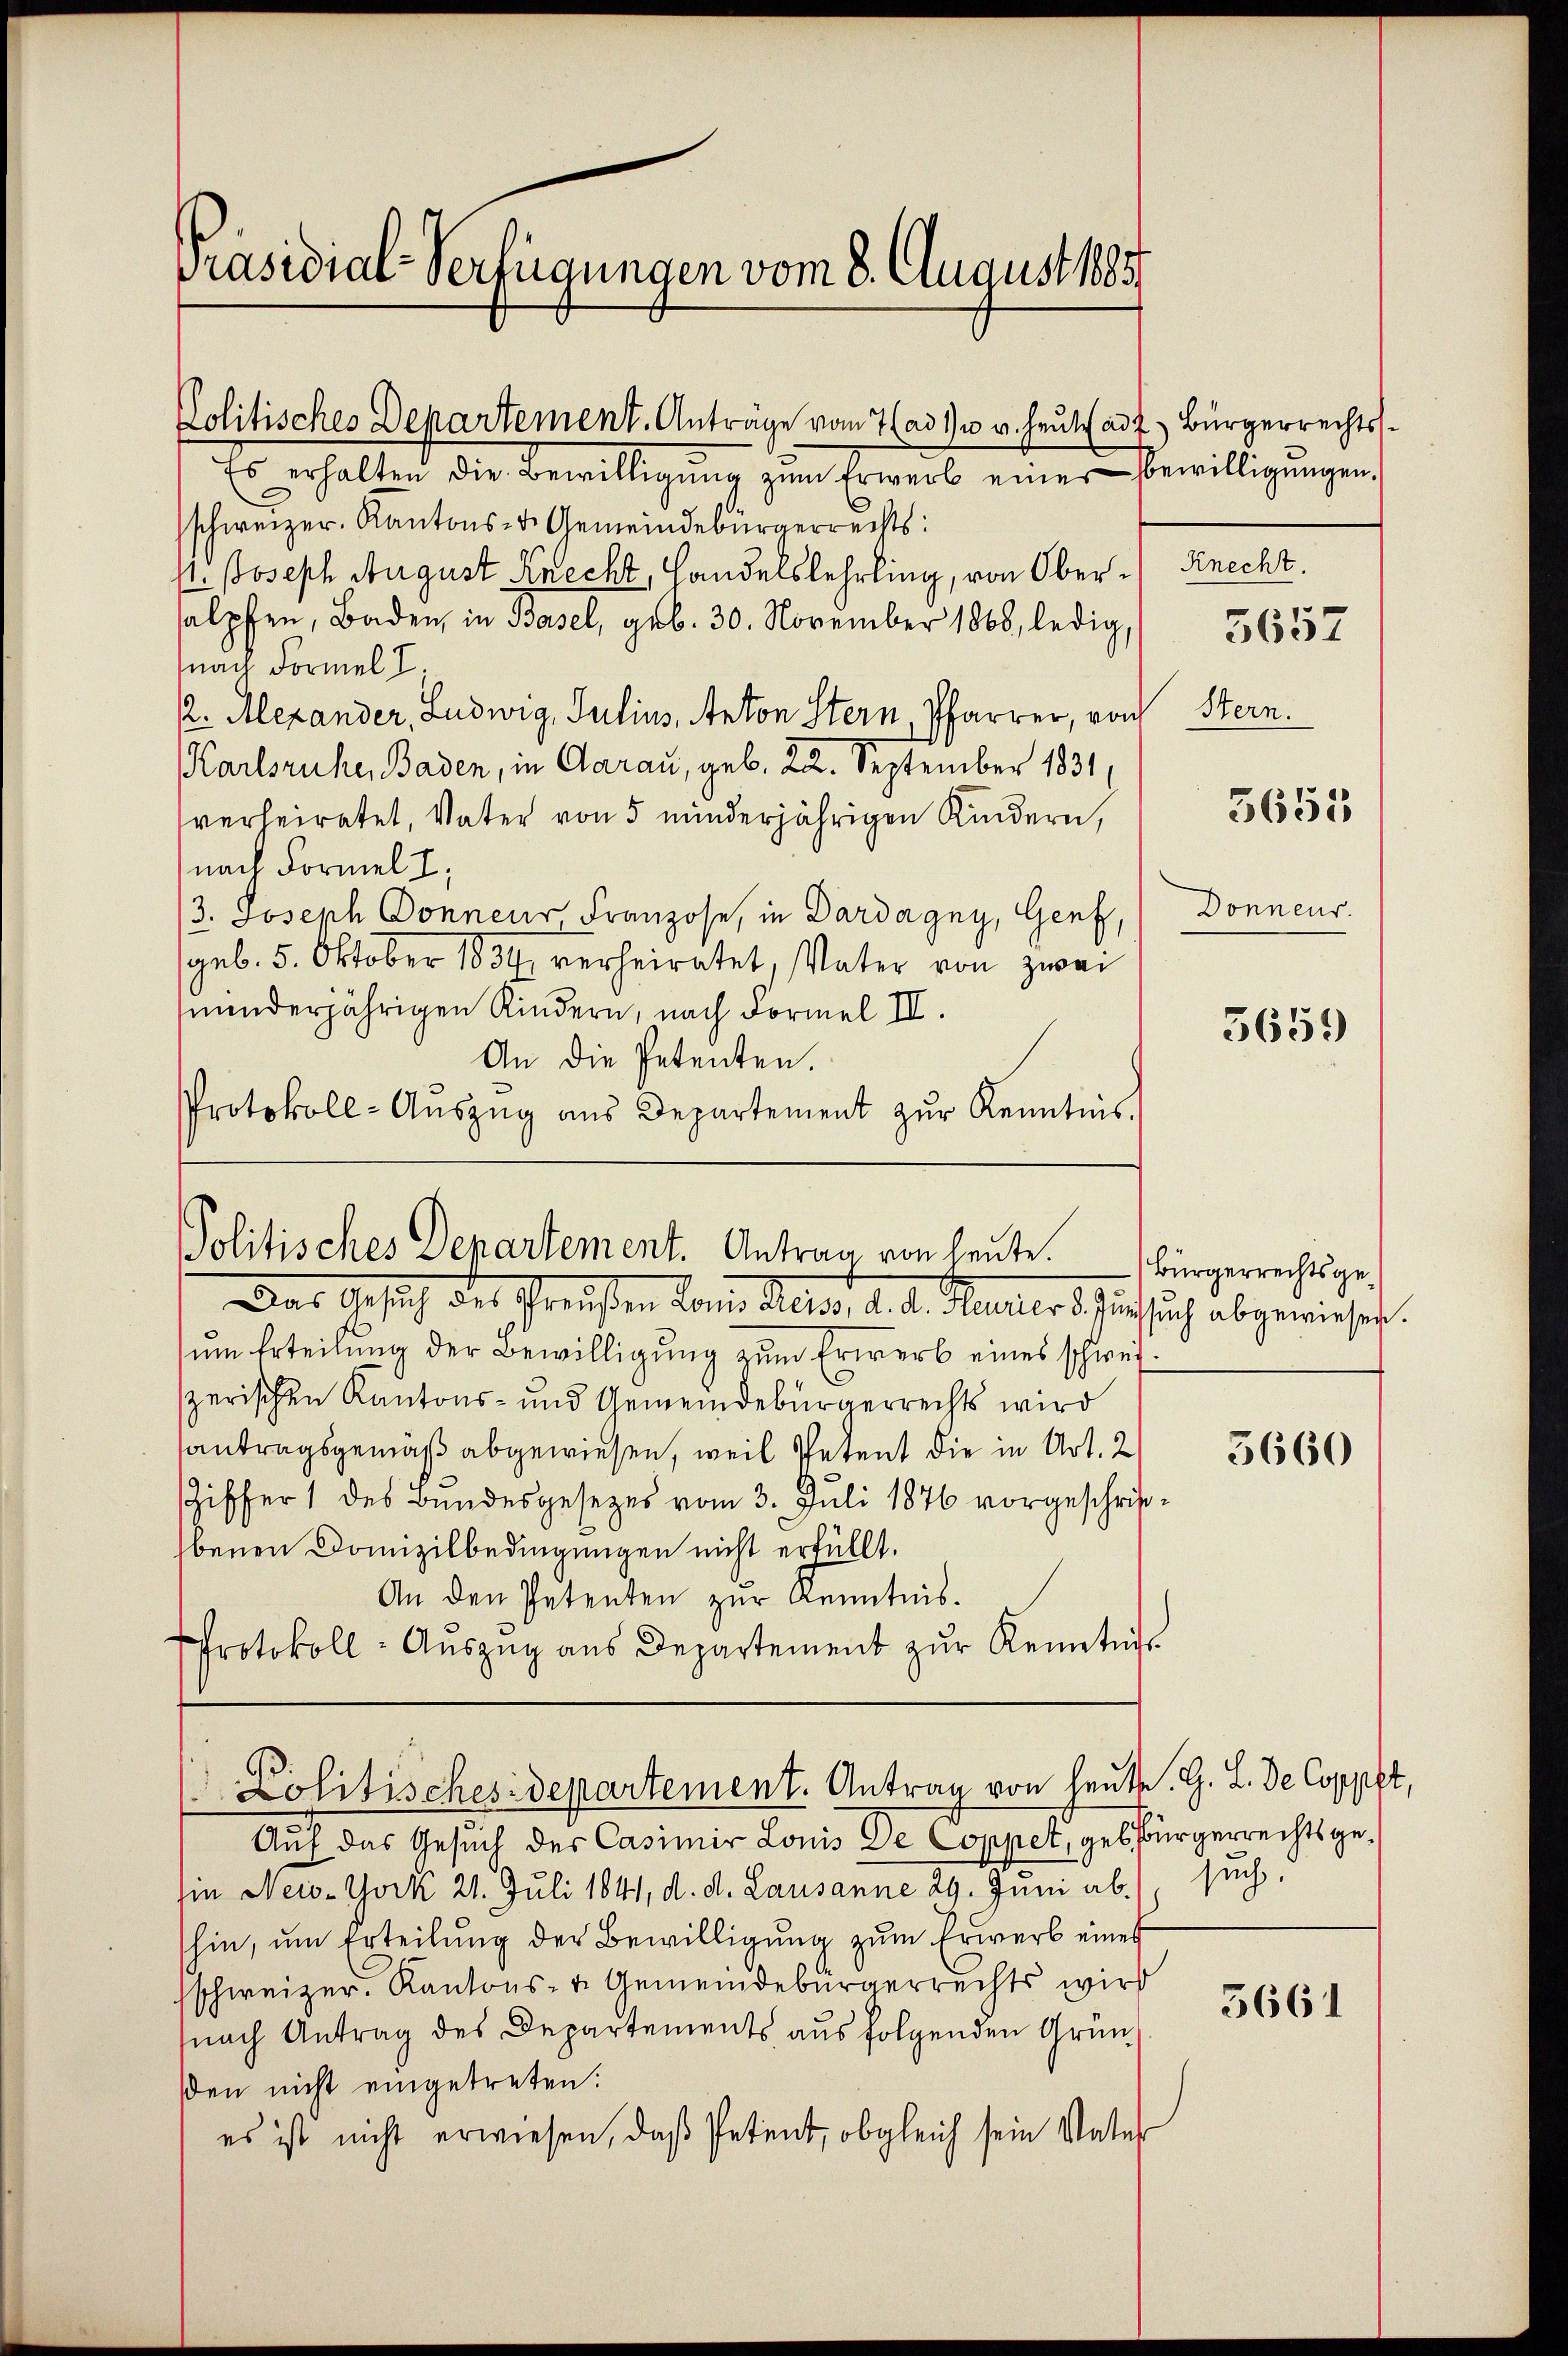
Präsidial-Verfügungen vom 8. August 1885.

Politisches Departement. Antrag von heute. Bürgerrechtsge-

Politisches Departement. Anträge vom 7 (ad 10 v. Heute ad 2. Bürgerrechts¬
Es erhalten die Bewilligŭng zŭm Erwerb einer Bewilligŭngen.
schweizer. Kantons- & Gemeindebürgerrechts:
P. Joseph August Knecht, Handelslehrling, von Ober- Knecht.
salpfen, Baden, in Basel, geb. 30. November 1868, ledig,
nach Formel T
½. Alexander, Ludwig, Julius, Anton Stern Pfarrer, von Stern.
(Karlsruhe, Baden, in Aarau, geb. 22. September 1831,
verheiratet, Vater von 5 minderjährigen Kindern,
nach Formel I
3. Joseph Donneur Franzose, in Dardagny, Genf, Donneur.
geb. 5. Oktober 1859 verheiratet, Vater von zwei
minderjährigen Kindern, nach Formel II.
An die Petenten.
Protokoll-Aŭszŭg ans Departement zŭr Kenntnis.

(Politisches departement. Antrag von heute. G. L. de Coppft,

5653

Das Gesich des Schreisten dem Alles, d. d. Mutter d. auf sich abgewiesest.
um Erteilung der Bewilligung zum Erwerb eines schweiszerischen Kantons- und Gemeindebürgerrechts wird
antragsgemäß abgewiesen, weil Petent die in Art. 2
Ziffer 1 des Bundesgesezes vom 3. Juli 1876 vorgeschritbenen Domizilbedingungen nicht erfüllt.
An den Petenten zŭr Kenntnis.
Protokoll - Auszug aus Departement zur Renntnis

Auf das Gesuch des Casimir Louis de Coppet, gebürgerrechtsgesin New-York 21. Juli 1841, d. d. Lausanne 29. Juni abhin, um Erteilung der Bewilligung zum Erwerb eines
schweizer. Kantons- u. Gemeindebürgerrechts wird
nach Antrag des Departements aus folgenden Gründen nicht eingetreten:
es ist nicht erwiesen, daβ Petent, obgleich sein Vater

5657

5659)

5660

such.

3661